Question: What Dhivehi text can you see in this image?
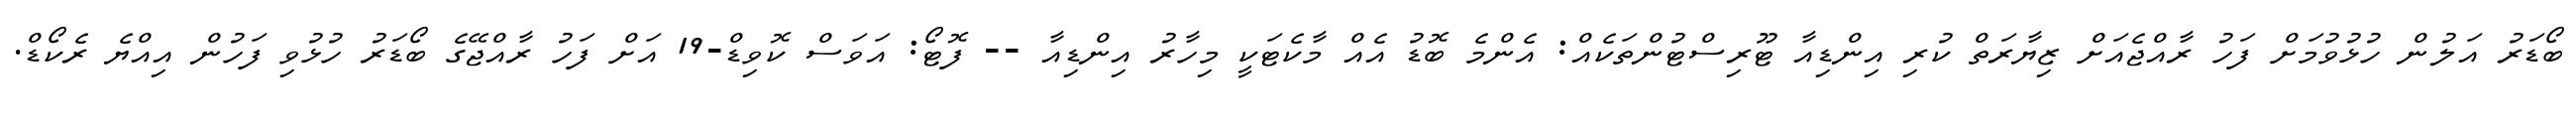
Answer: ބޯޑަރު އަލުން ހުޅުވުމަށް ފަހު ރާއްޖެއަށް ޒިޔާރަތް ކުރި އިންޑިއާ ޓޫރިސްޓުންތަކެއް: އެންމެ ބޮޑު އެއް މާކެޓަކީ މިހާރު އިންޑިއާ -- ފޮޓޯ: އަވަސް ކޮވިޑް-19 އަށް ފަހު ރާއްޖޭގެ ބޯޑަރު ހުޅުވި ފަހުން އިއްޔެ ރެކޯޑް.